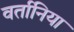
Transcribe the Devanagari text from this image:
वर्तानिया